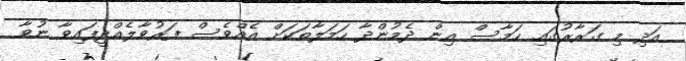
އަދި މި ގަރާރުގައި ހަމާސް އިން ދެމުންދާ ހަމަލާތަކަށް އެއްވެސް ފަރުވާލެއްދީފައިވާ ނުވާ